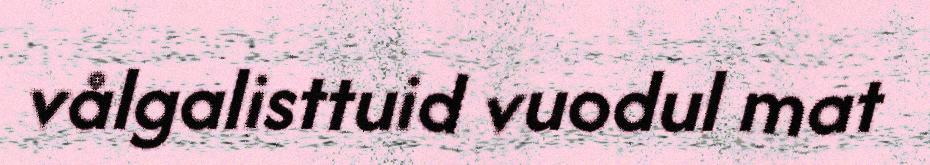
vålgalisttuid vuodul mat